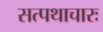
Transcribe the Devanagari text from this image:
सत्पथाचारः